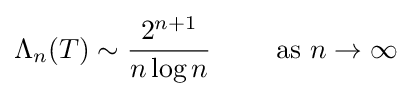
\Lambda _{n}(T)\sim {\frac {2^{n+1}}{n\log n}}\qquad {\text{ as }}n\to \infty